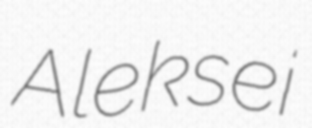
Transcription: Aleksei